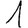
Digit: 1